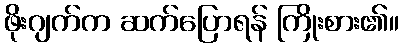
ဖိုးဂျက်က ဆက်ပြောရန် ကြိုးစား၏။